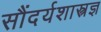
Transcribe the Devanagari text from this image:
सौंदर्यशास्त्रज्ञ